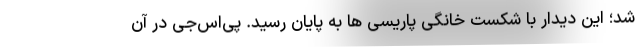
شد؛ این دیدار با شکست خانگی پاریسی ها به پایان رسید. پی‌اس‌جی در آن